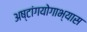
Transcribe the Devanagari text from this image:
अष्टांगयोगाभ्यास